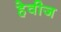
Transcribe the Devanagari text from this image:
हेवीज